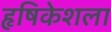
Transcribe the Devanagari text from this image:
हृषिकेशला